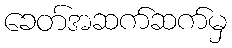
ခေတ်အဆက်ဆက်မှ